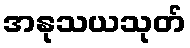
အနုသယသုတ်